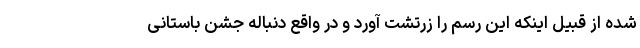
شده از قبیل اینکه این رسم را زرتشت آورد و در واقع دنباله جشن باستانی